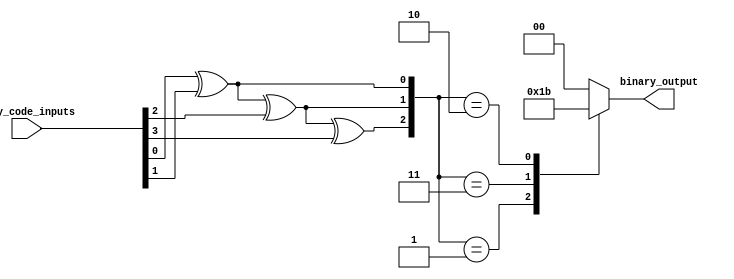
module gray_code_priority_encoder (
    input [3:0] gray_code_inputs,
    output reg [1:0] binary_output
);

reg [3:0] xor_outputs;

always @* begin
    xor_outputs[0] = gray_code_inputs[0] ^ gray_code_inputs[1];
    xor_outputs[1] = xor_outputs[0] ^ gray_code_inputs[2];
    xor_outputs[2] = xor_outputs[1] ^ gray_code_inputs[3];
end

always @* begin
    case(xor_outputs)
        4'b0000: binary_output = 2'b00;
        4'b0001: binary_output = 2'b01;
        4'b0011: binary_output = 2'b10;
        4'b0010: binary_output = 2'b11;
        default: binary_output = 2'b00;
    endcase
end

endmodule